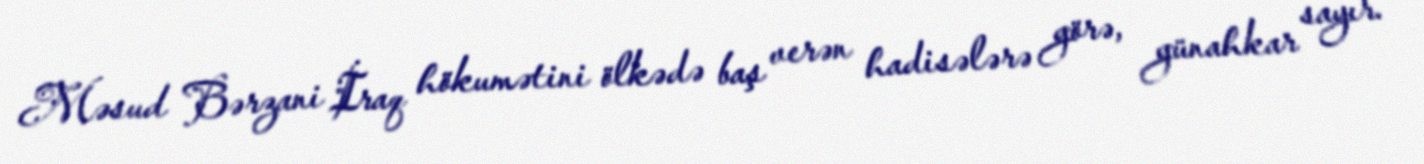
Məsud Bərzani İraq hökumətini ölkədə baş verən hadisələrə görə, günahkar sayır.